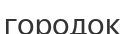
городок